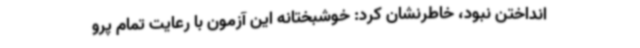
انداختن نبود، خاطرنشان کرد: خوشبختانه این آزمون با رعایت تمام پرو